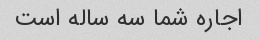
اجاره شما سه ساله است